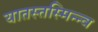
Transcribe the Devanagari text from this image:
यातस्तस्मिन्न्व